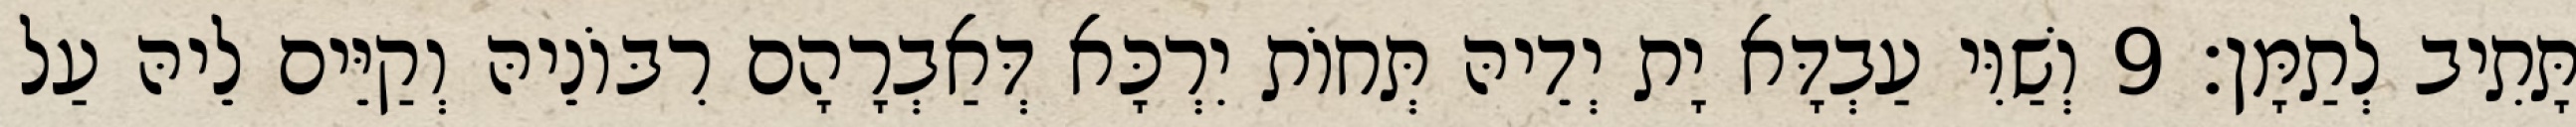
תָּתִיב לְתַמָּן׃ 9 וְשַׁוִּי עַבְדָּא יָת יְדֵיהּ תְּחוֹת יִרְכָּא דְּאַבְרָהָם רִבּוֹנֵיהּ וְקַיֵּים לֵיהּ עַל